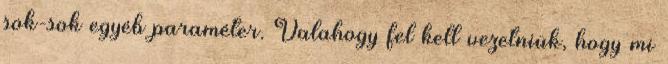
sok-sok egyéb paraméter. Valahogy fel kell vezetniük, hogy mi